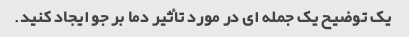
یک توضیح یک جمله ای در مورد تأثیر دما بر جو ایجاد کنید.